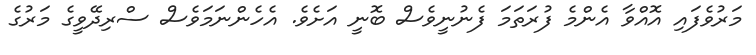
މަރުވެފައި އޮއްވާ އެންމެ ފުރަތަމަ ފެނުނީވެސް ބޮނީ އަށެވެ. އެހެންނަމަވެސް ސްރިދޭވީގެ މަރުގެ